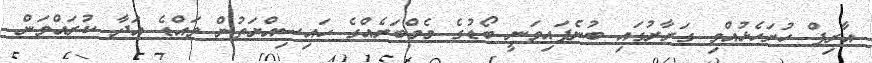
އާރިފް ހުށަހެޅުއްވި ގަރާރުގައި ބުނެފައިވަނީ ބޯޑުގެ މެމްބަރެއްގެ ހައިސިއްޔަތުން ވައްޑެ އަދާ ކުރައްވަން